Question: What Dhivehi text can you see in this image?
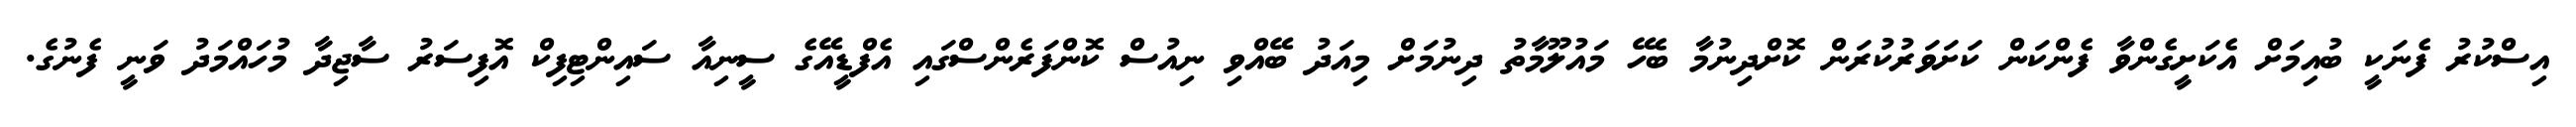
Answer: އިސްކުރު ފެނަކީ ބުއިމަށް އެކަށީގެންވާ ފެންކަން ކަށަވަރުކުރަން ކޮށްދިނުމާ ބެހޭ މައުލޫމާތު ދިނުމަށް މިއަދު ބޭއްވި ނިއުސް ކޮންފަރެންސްގައި އެފްޑީއޭގެ ސީނިއާ ސައިންޓިފިކް އޮފިސަރު ސާޖިދާ މުހައްމަދު ވަނީ ފެނުގެ.